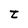
Character: t